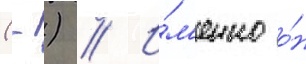
(-) // И́м'енно о́н